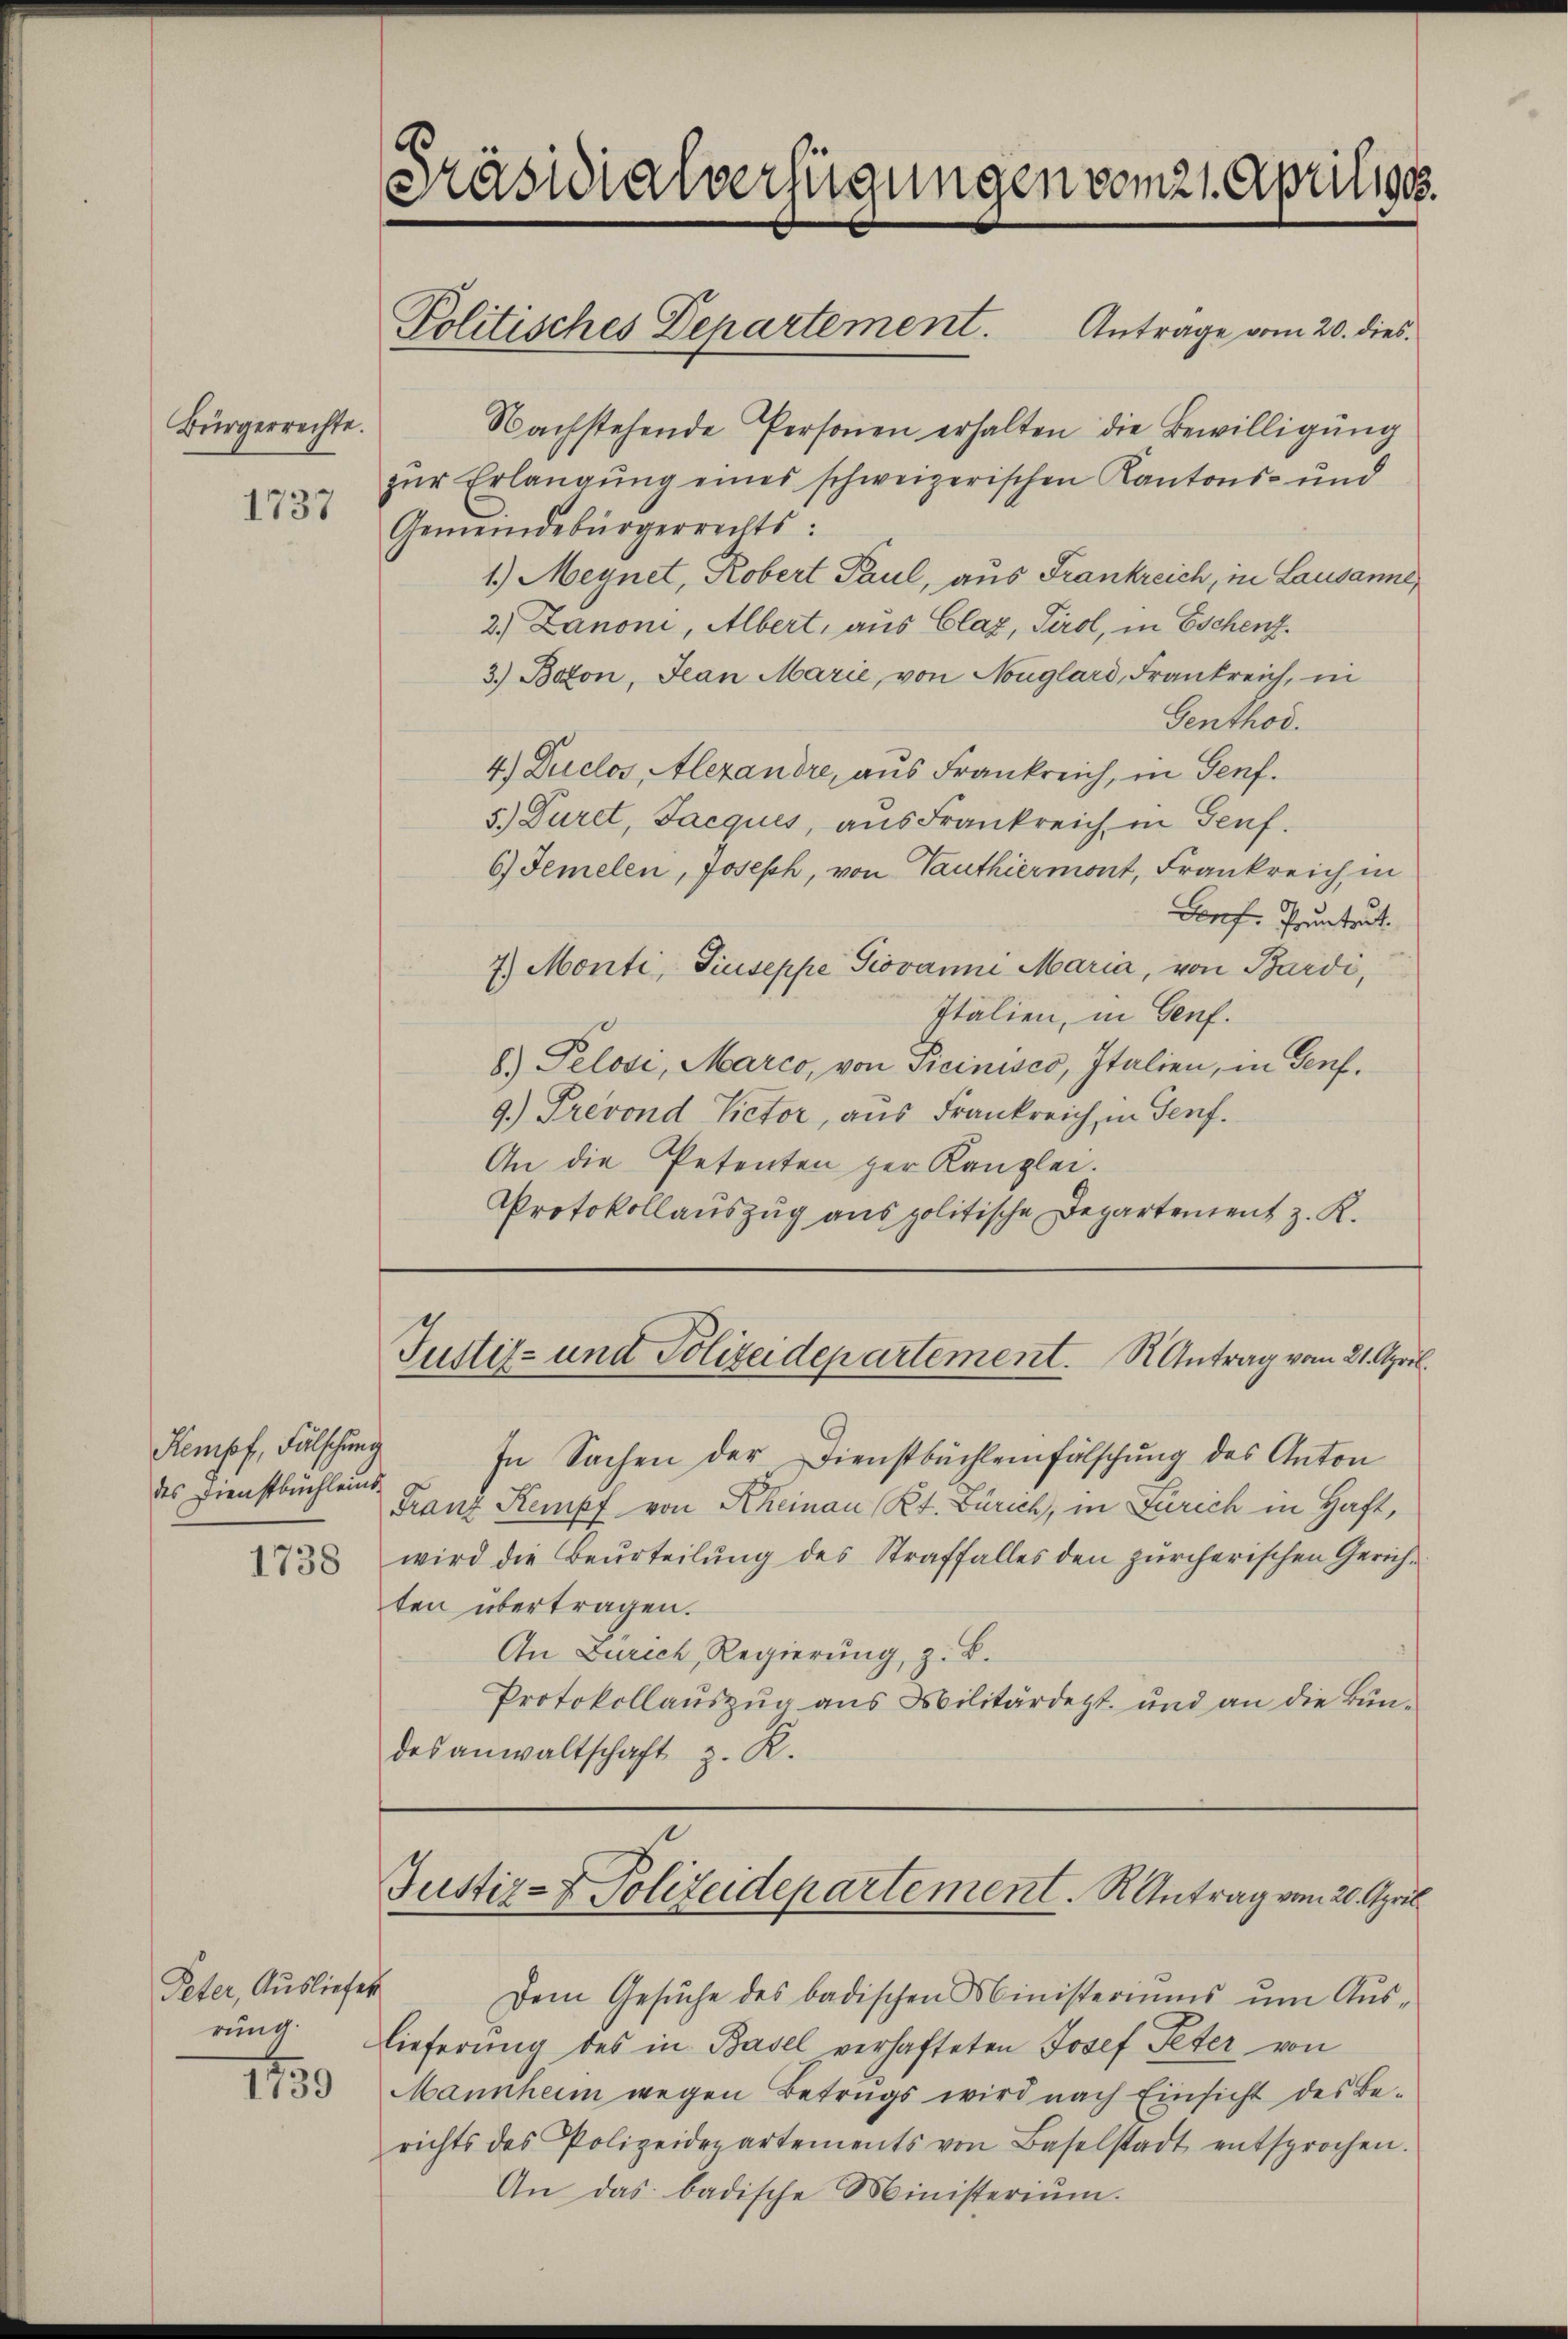
Bürgerrechte.
1737

Rempf, Fälschung
des Dienstbuchleins.
1738

Peter, Ausliefer
rung:

1130

Präsidialverfügungen vom 21. Apriligt.

Politisches Departement. Antrage vom 20. dies

Nachstehende Personen erhalten die Bewilligung
zŭr Erlangung eines schweizerischen Kantons- und
Gemeindebürgerrechts:
1.) Meynet, Robert Paul, aus Frankreich, in Lausanne,
2.) Zanoni, Albert, aus Claz, Tirol, in Eschenz.
3.) Boton, Jean Marie, von Nouglard, Frankreich, in
Genthod.
4.) Duclos, Alexandre, aus Frankreich, in Genf.
5.) Duret, Jacqués, aus Frankreich in Genf.
6) Demelen, Joseph, von Panthiermont, Frankreich in
Genf. Pruntert.
7.) Monti, Giuseppe Giovanni Maria, von Bardi,
Italien, in Genf.
8) Pelosi, Marco, von Picinisco, Italien, in Genf.
9.) Prevond Victor, aus Frankreich, in Genf.
An die Petenten der Kanzlei.
Protokollauszug aus politische Departement z. K.

Justiz- und Polizeidepartement. Antrag vom 21. April.

Justiz- & Polizeidepartement. R. Antrag vom 20. April.

In Sachen der Dienstbüchleinfälschung des Anton
Franz Stempf von Rheinau Kt. Zürich, in Zürich in Haft,
wird die Beurteilung des Straffalles den zürcherischen Gerichten übertragen.
An Zürich, Regierung, z. B.
Protokollauszug aus Militärdept. und an die Bundesanwaltschaft z. R.

Dem Gesŭche des badischen Ministeriŭms ŭm Aŭs-
lieferung des in Basel verhafteten Josef Peter von
Mannheim wegen Betrugs wird nach Einsicht des Be-
richts des Polizeidepartements von Baselstadt entsprochen.
An das badische Ministerium.